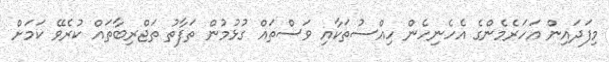
މިފަދައިން އަހަރެމެންގެ އެހެނިހެން ހިއްސުތަކާއި ވަސްތައް ގުޅުމުން ތަފާތު ތަޖްރިބާތައް ކުރެވޭ ކަމަށް